Scottish Leaving Certificate Examination, 1960
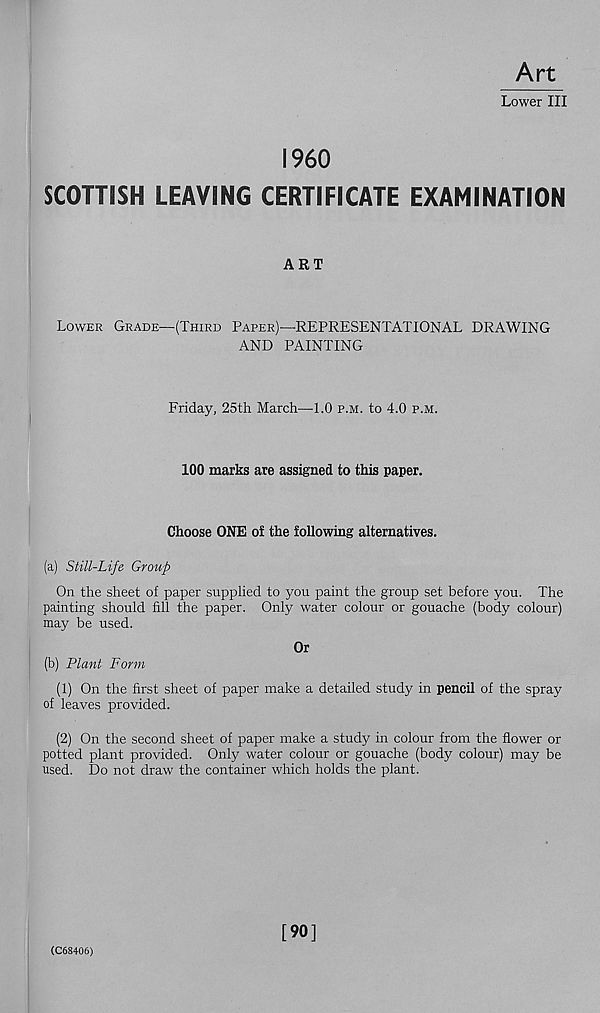
Art
Lower III
I960
SCOTTISH LEAVING CERTIFICATE EXAMINATION
ART
Lower Grade—(Third Paper)—REPRESENTATIONAL DRAWING
AND PAINTING
Friday, 25th March—-1.0 p.m. to 4.0 p.m.
100 marks are assigned to this paper.
Choose ONE of the following alternatives.
(a) Still-Life Group
On the sheet of paper supplied to you paint the group set before you. The
painting should fill the paper. Only water colour or gouache (body colour)
may be used.
Or
(b) Plant Form
(1) On the first sheet of paper make a detailed study in pencil of the spray
of leaves provided.
(2) On the second sheet of paper make a study in colour from the flower or
potted plant provided. Only water colour or gouache (body colour) may be
used. Do not draw the container which holds the plant.
(C68406)
[90]